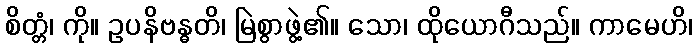
စိတ္တံ၊ ကို။ ဥပနိဗန္ဓတိ၊ မြဲစွာဖွဲ့၏။ သော၊ ထိုယောဂီသည်။ ကာမေဟိ၊